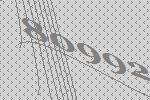
80992